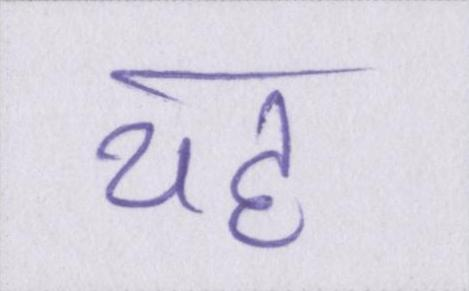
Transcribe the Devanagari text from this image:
यह